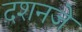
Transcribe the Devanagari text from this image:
दशनजे